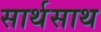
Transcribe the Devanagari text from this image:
सार्थसाथ